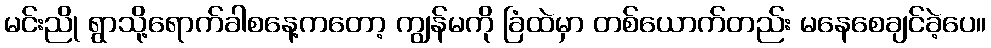
မင်းညို ရွာသို့ရောက်ခါစနေ့ကတော့ ကျွန်မကို ခြံထဲမှာ တစ်ယောက်တည်း မနေစေချင်ခဲ့ပေ။